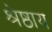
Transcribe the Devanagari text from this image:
श्रेष्ठाय